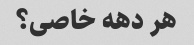
هر دهه خاصی؟